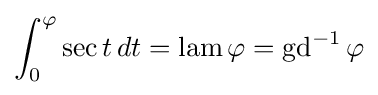
\int _{0}^{\varphi }\sec t\,dt=\operatorname {lam} \varphi =\operatorname {gd} ^{-1}\varphi